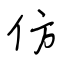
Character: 仿